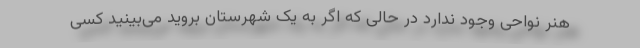
هنر نواحی وجود ندارد در حالی که اگر به یک شهرستان بروید می‌بینید کسی